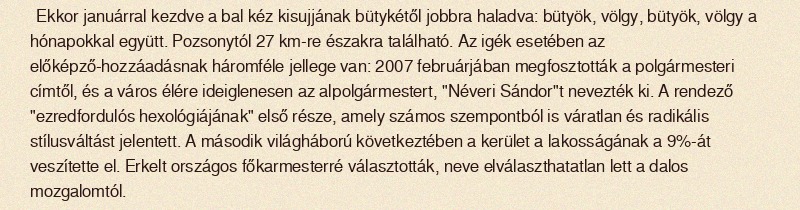
Ekkor januárral kezdve a bal kéz kisujjának bütykétől jobbra haladva: bütyök, völgy, bütyök, völgy a hónapokkal együtt. Pozsonytól 27 km-re északra található. Az igék esetében az előképző-hozzáadásnak háromféle jellege van: 2007 februárjában megfosztották a polgármesteri címtől, és a város élére ideiglenesen az alpolgármestert, "Néveri Sándor"t nevezték ki. A rendező "ezredfordulós hexológiájának" első része, amely számos szempontból is váratlan és radikális stílusváltást jelentett. A második világháború következtében a kerület a lakosságának a 9%-át veszítette el. Erkelt országos főkarmesterré választották, neve elválaszthatatlan lett a dalos mozgalomtól.